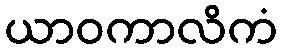
ယာဝကာလိကံ